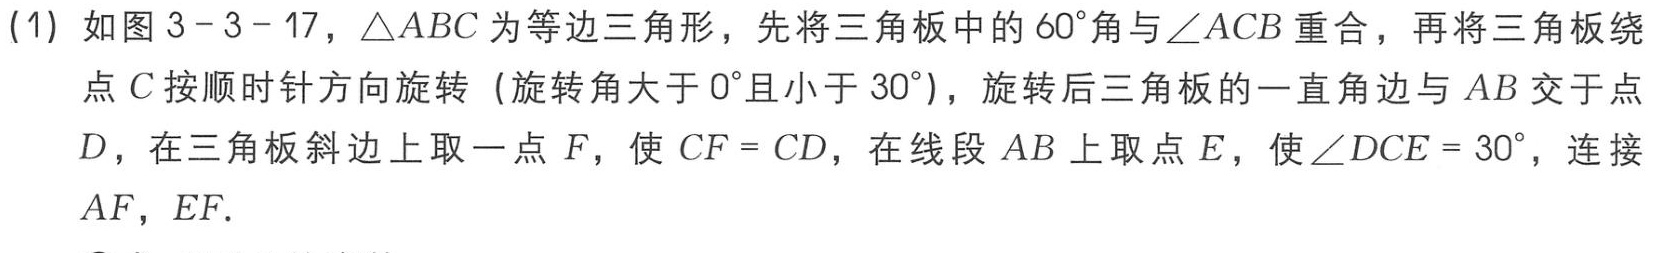
(1) 如图 \(3 - 3 - 17\)，\(\triangle ABC\) 为等边三角形，先将三角板中的 \(60^{\circ}\)角与 \(\angle ACB\) 重合，再将三角板绕

点 \(C\) 按顺时针方向旋转（旋转角大于 \(0^{\circ}\)且小于 \(30^{\circ}\)），旋转后三角板的一直角边与 \(AB\) 交于点

\(D\)，在三角板斜边上取一点 \(F\)，使 \(CF = CD\)，在线段 \(AB\) 上取点 \(E\)，使 \(\angle DCE = 30^{\circ}\)，连接

\(AF\)，\(EF\).